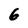
Character: 6